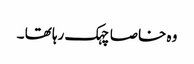
وہ خاصا چہک رہا تھا ۔